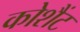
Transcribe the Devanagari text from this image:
कोशैंट